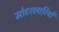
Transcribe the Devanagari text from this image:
मोटरलारियों